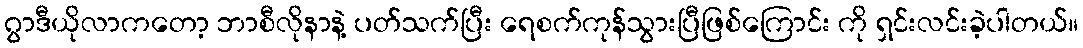
ဂွာဒီယိုလာကတော့ ဘာစီလိုနာနဲ့ ပတ်သက်ပြီး ရေစက်ကုန်သွားပြီဖြစ်ကြောင်း ကို ရှင်းလင်းခဲ့ပါတယ်။